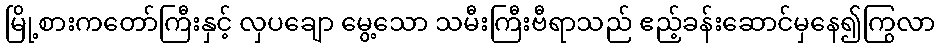
မြို့စားကတော်ကြီးနှင့် လှပချော မွေ့သော သမီးကြီးဗီရာသည် ဧည့်ခန်းဆောင်မှနေ၍ကြွလာ